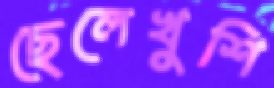
ছেলেখুশি